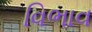
વિભાવ